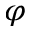
\varphi